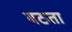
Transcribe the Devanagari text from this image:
बठता